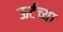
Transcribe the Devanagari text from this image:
ऊर्टच्या